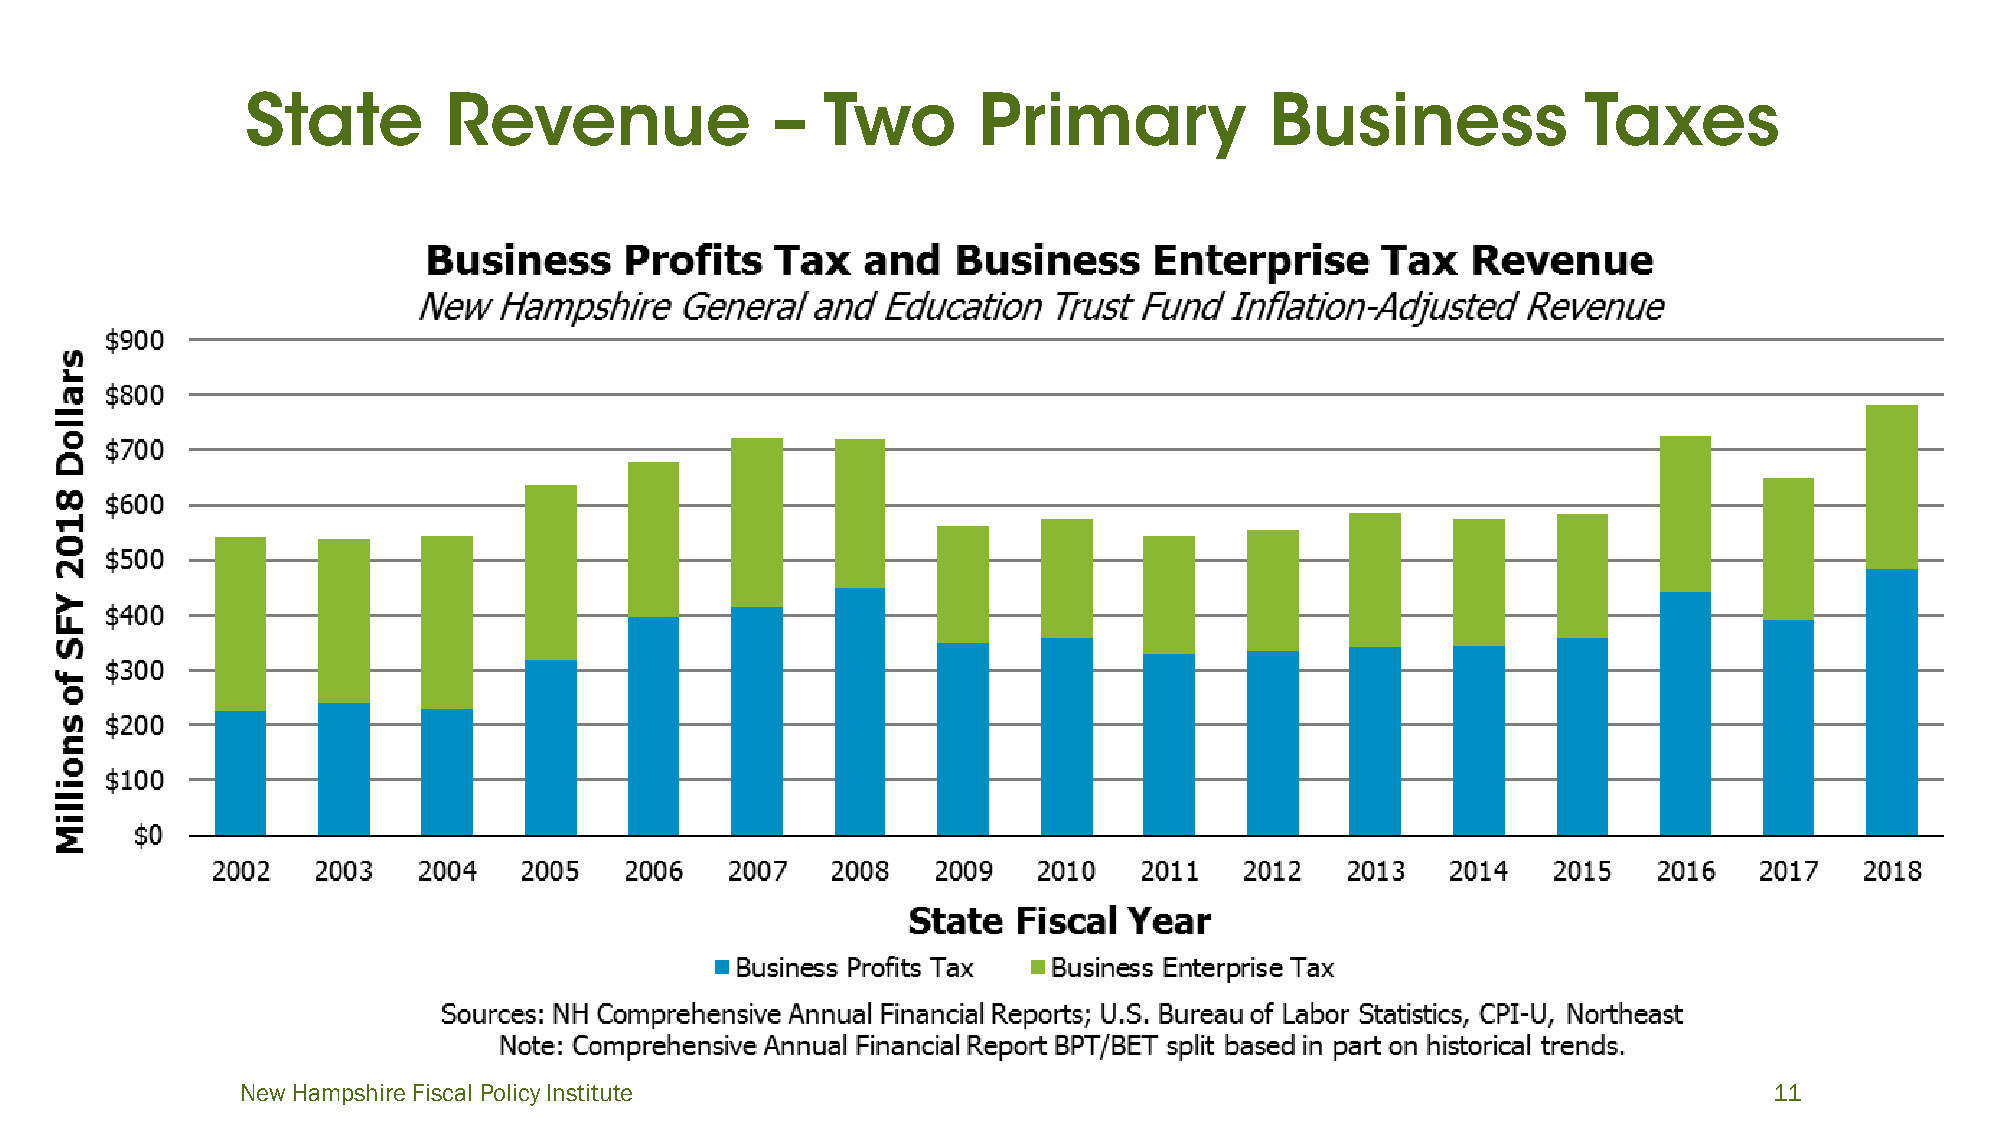
New Hampshire Fiscal Policy Institute                                                                11